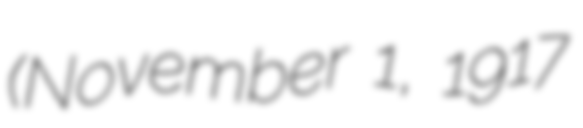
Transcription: (November 1, 1917